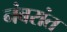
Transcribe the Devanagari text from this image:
नंबरांत